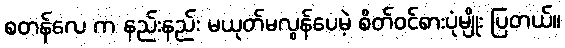
စတန်လေ က နည်းနည်း မယုတ်မလွန်ပေမဲ့ စိတ်ဝင်စားပုံမျိုး ပြတယ်။